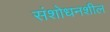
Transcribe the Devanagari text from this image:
संशोधनशील